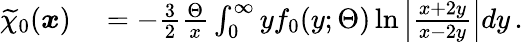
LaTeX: \begin{array}{rl}{\widetilde{\chi}_{0}(\boldsymbol{x})}&{{}=-\frac{3}{2}\frac{\Theta}{x}\int_{0}^{\infty}yf_{0}(y;\Theta)\ln{\left|\frac{x+2y}{x-2y}\right|}dy\, .}\end{array}